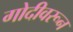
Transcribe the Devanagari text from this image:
गोदीवरून